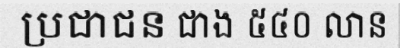
ប្រជាជន ជាង ៥៤០ លាន